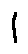
l